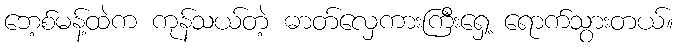
ဘေ့စ်မန့်ထဲက ကုန်သယ်တဲ့ ဓာတ်လှေကားကြီးရှေ့ ရောက်သွားတယ်။